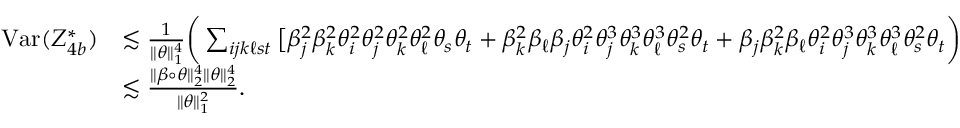
\begin{array} { r l } { \mathrm { V a r } ( Z _ { 4 b } ^ { * } ) } & { \lesssim \frac { 1 } { \| \theta \| _ { 1 } ^ { 4 } } \bigg ( \sum _ { i j k \ell s t } \big [ \beta _ { j } ^ { 2 } \beta _ { k } ^ { 2 } \theta _ { i } ^ { 2 } \theta _ { j } ^ { 2 } \theta _ { k } ^ { 2 } \theta _ { \ell } ^ { 2 } \theta _ { s } \theta _ { t } + \beta _ { k } ^ { 2 } \beta _ { \ell } \beta _ { j } \theta _ { i } ^ { 2 } \theta _ { j } ^ { 3 } \theta _ { k } ^ { 3 } \theta _ { \ell } ^ { 3 } \theta _ { s } ^ { 2 } \theta _ { t } + \beta _ { j } \beta _ { k } ^ { 2 } \beta _ { \ell } \theta _ { i } ^ { 2 } \theta _ { j } ^ { 3 } \theta _ { k } ^ { 3 } \theta _ { \ell } ^ { 3 } \theta _ { s } ^ { 2 } \theta _ { t } \bigg ) } \\ & { \lesssim \frac { \| \beta \circ \theta \| _ { 2 } ^ { 4 } \| \theta \| _ { 2 } ^ { 4 } } { \| \theta \| _ { 1 } ^ { 2 } } . } \end{array}